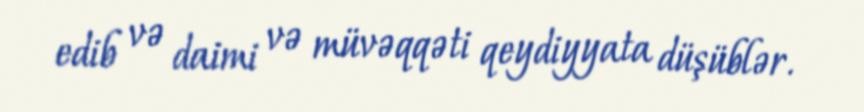
edib və daimi və müvəqqəti qeydiyyata düşüblər.